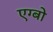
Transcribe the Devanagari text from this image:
एग्बो